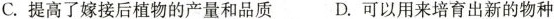
C.提高了嫁接后植物的产量和品质D.可以用来培育出新的物种